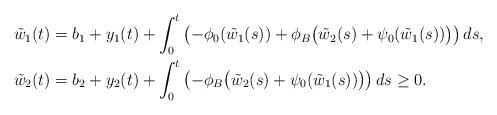
LaTeX: \begin{align*}\tilde{w}_1(t) &= b_1 + y_1(t) + \int_0^t\left(-\phi_0(\tilde{w}_1(s)) + \phi_B\big(\tilde{w}_2(s) + \psi_0(\tilde{w}_1(s))\big)\right)ds, \\\tilde{w}_2(t) &= b_2 + y_2(t) + \int_0^t\left(-\phi_B\big(\tilde{w}_2(s)+\psi_0(\tilde{w}_1(s))\big)\right)ds \ge 0. \end{align*}